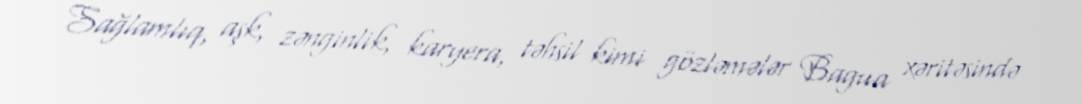
Sağlamlıq, aşk, zənginlik, karyera, təhsil kimi gözləmələr Bagua xəritəsində